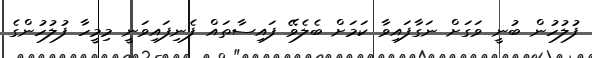
ފުލުހުން ބުނީ ވަގަށް ނަގާފައިވާ ކަމަށް ބެލެވޭ ފައިސާތައް ފެނިފައިވަނީ މިމީހާ ފުލުހުންގެ